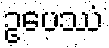
ဥပေဿံ